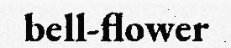
bell-flower